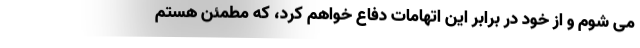
می شوم و از خود در برابر این اتهامات دفاع خواهم کرد، که مطمئن هستم